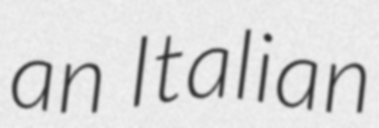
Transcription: an Italian